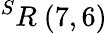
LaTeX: ^{S}R\ (7,6)